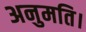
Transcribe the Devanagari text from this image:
अनुमति।